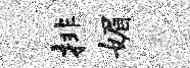
排媚